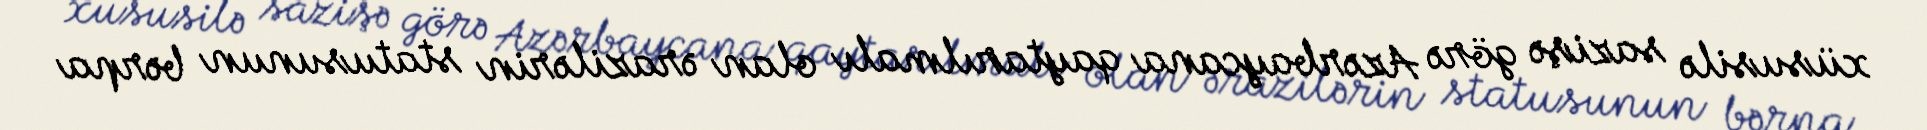
xüsusilə sazişə görə Azərbaycana qaytarılmalı olan ərazilərin statusunun bərpa